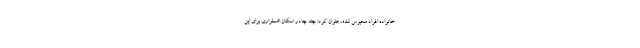
خانواده افراد محبوس شده، عنوان کرد: چند چادر اسکان اضطراری برای این